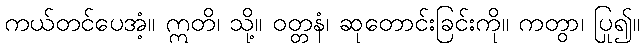
ကယ်တင်ပေအံ့။ ဣတိ၊ သို့။ ဝတ္တနံ၊ ဆုတောင်းခြင်းကို။ ကတွာ၊ ပြု၍။